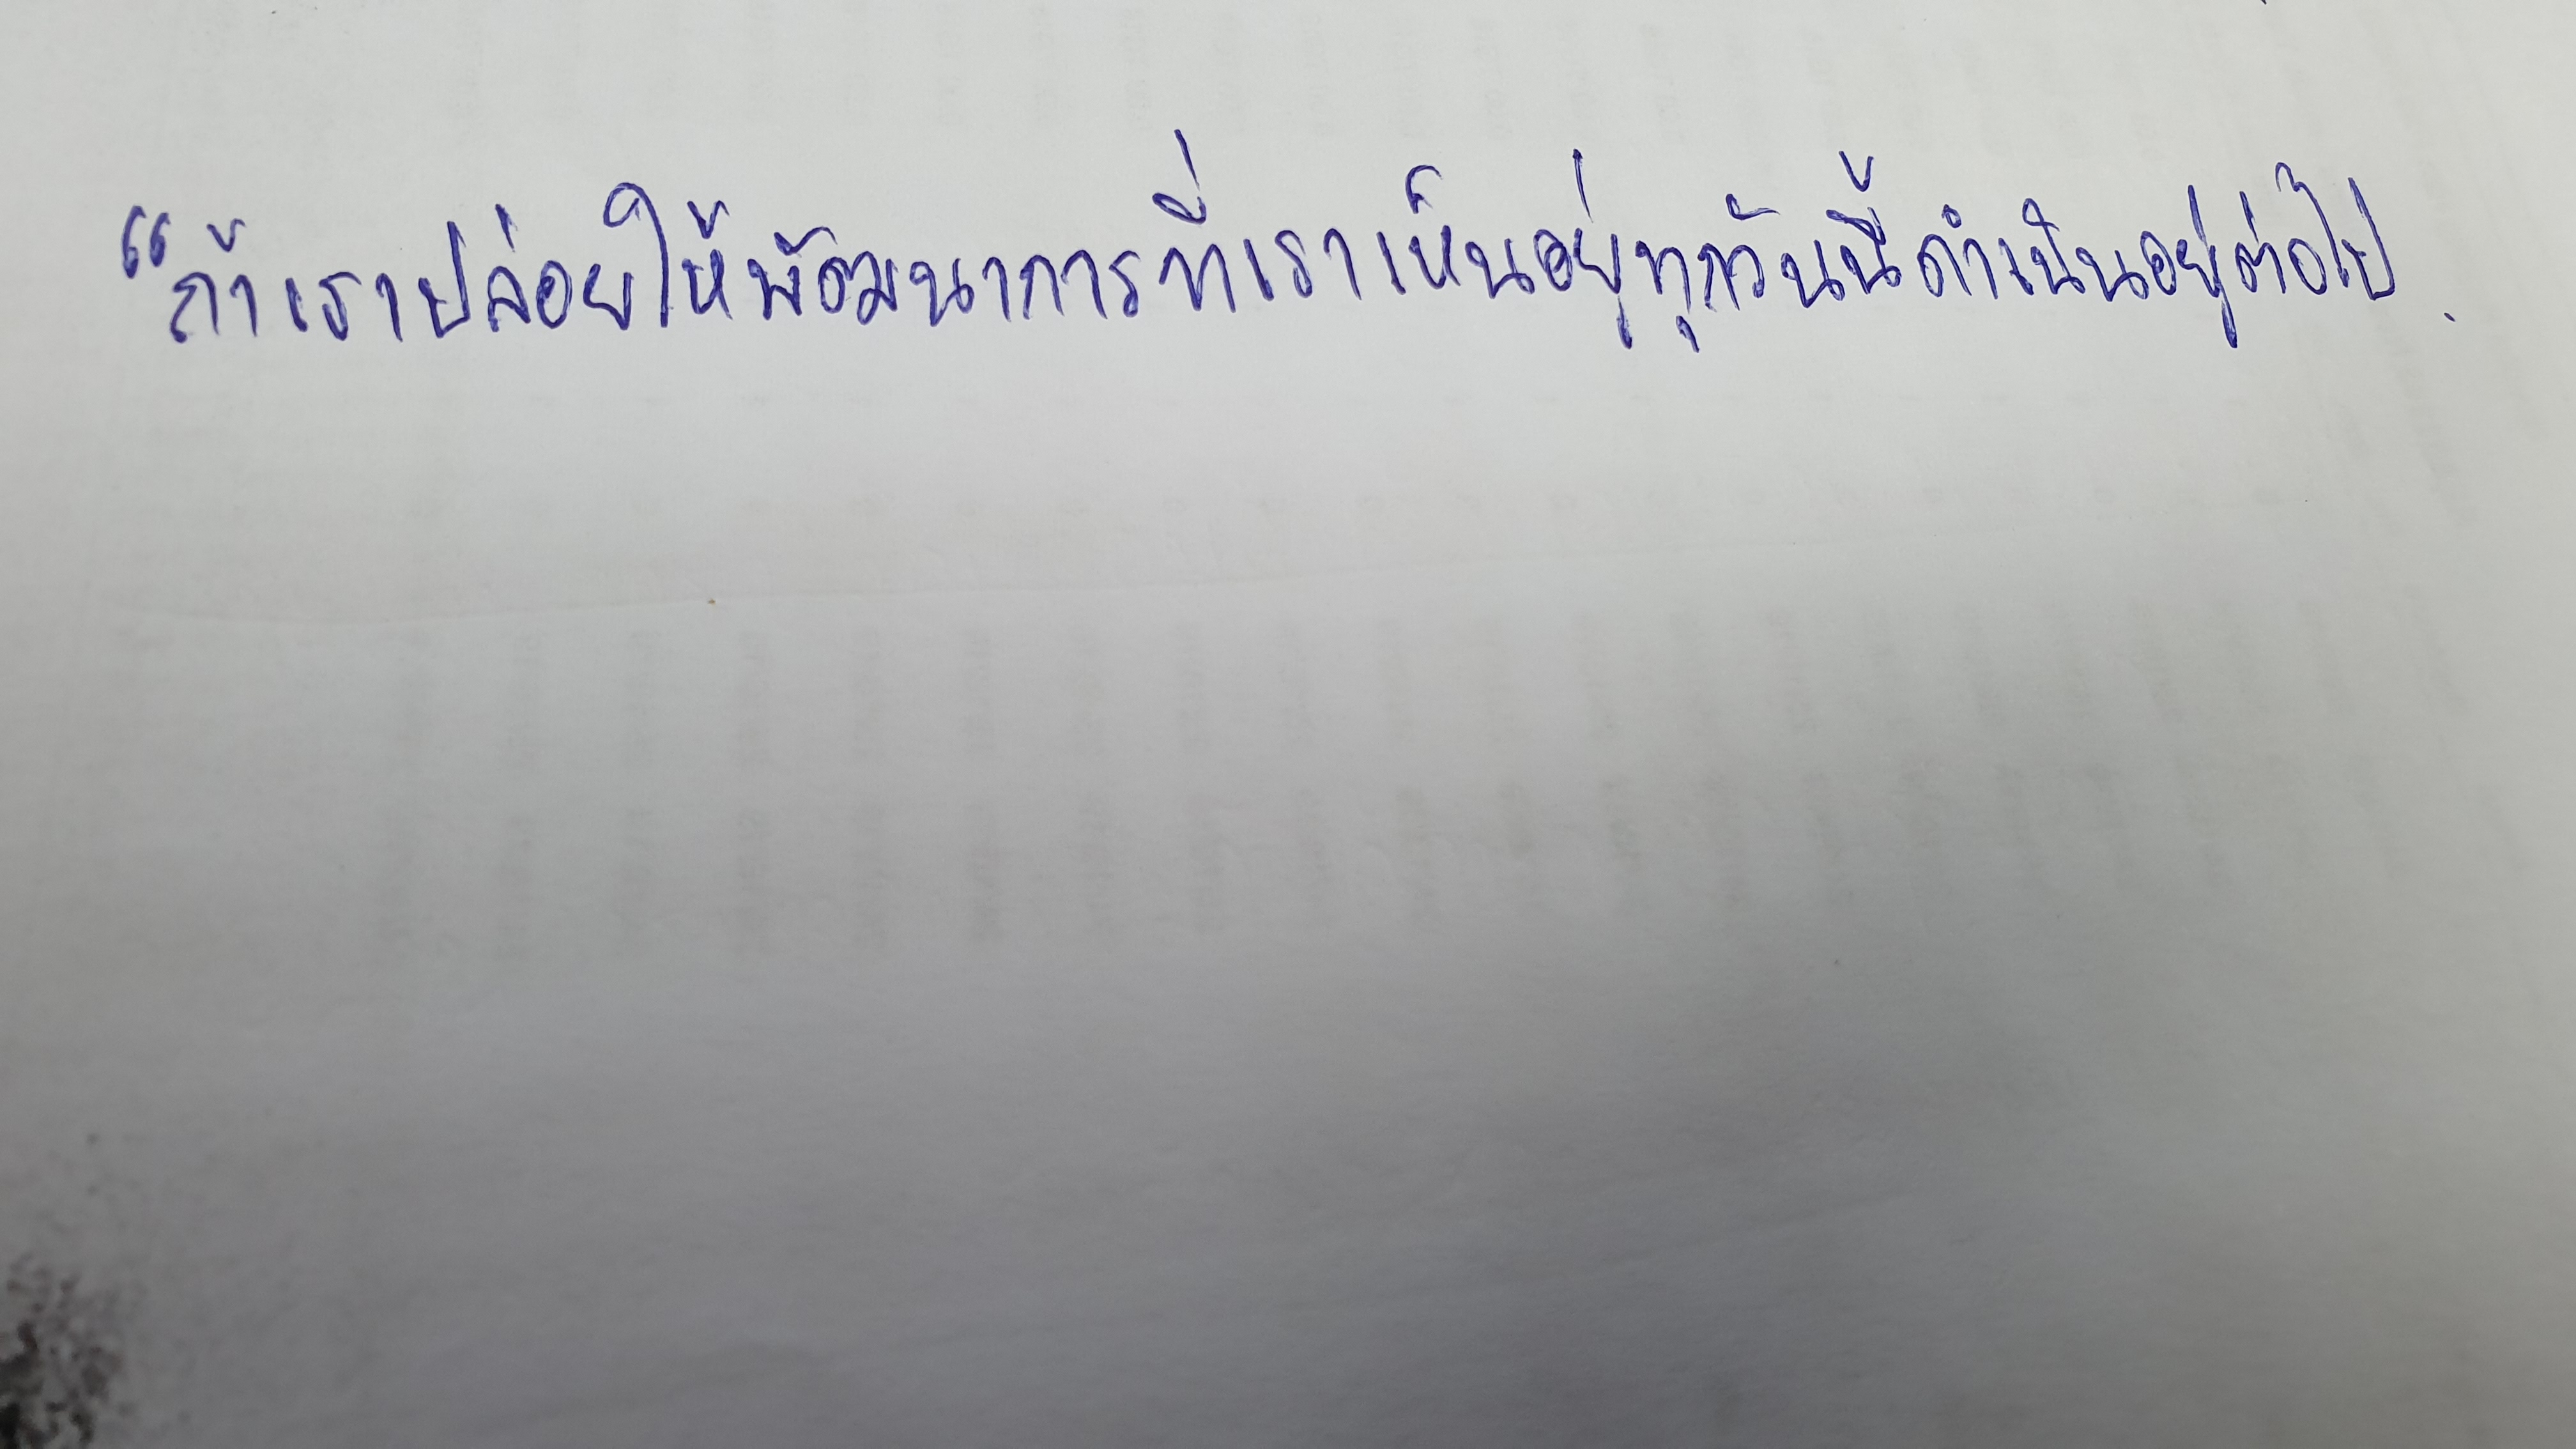
"ถ้าเราปล่อยให้พัฒนาการที่เราเห็นอยู่ทุกวันนี้ดำเนินอยู่ต่อไป